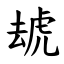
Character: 䖔